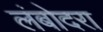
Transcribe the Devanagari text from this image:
लंबोदरा